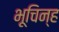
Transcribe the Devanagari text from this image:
भूचिन्ह